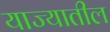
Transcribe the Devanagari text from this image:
याज्यातील